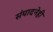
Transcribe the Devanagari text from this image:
संपादनेही